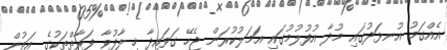
އެއްގަމު އުނޅަދުގައި މުދާ އުފުލުމުގައި އަމަލުކުރަން ޖެހޭ ގަވައިދާ ޚިލާފުވާ ފަރާތްތަކުގެ އަތުން